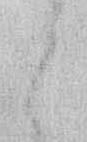
と